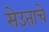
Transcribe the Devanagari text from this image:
सेउताचे